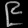
Digit: ၉